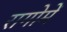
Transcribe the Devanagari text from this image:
रागोमें